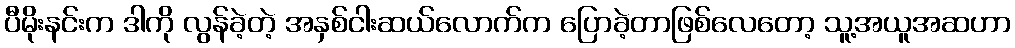
ပီမိုးနင်းက ဒါကို လွန်ခဲ့တဲ့ အနှစ်ငါးဆယ်လောက်က ပြောခဲ့တာဖြစ်လေတော့ သူ့အယူအဆဟာ